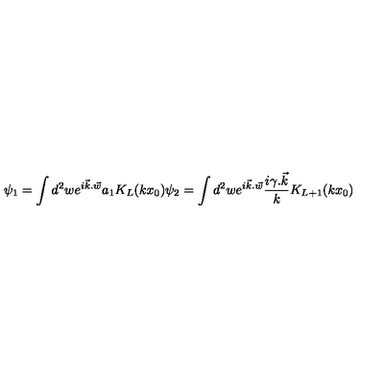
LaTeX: \psi _ { 1 } = \int d ^ { 2 } w e ^ { i { \vec { k } . \vec { w } } } a _ { 1 } K _ { L } ( k x _ { 0 } ) \psi _ { 2 } = \int d ^ { 2 } w e ^ { i \vec { k } . \vec { w } } \frac { i { \gamma . \vec { k } } } { k } K _ { L + 1 } ( k x _ { 0 } )